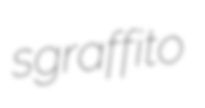
sgraffito